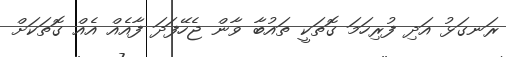
ރަނގަޅު އަދި ފުރިހަމަ ގޮތަކީ ތައުބާ ވާން ޖެހޭފަދަ ފާއެއް އެއް ގޮތަކަށް